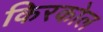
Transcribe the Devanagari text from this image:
किरकोल